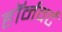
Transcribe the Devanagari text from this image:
हॉर्नवर्ट